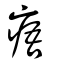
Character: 痦